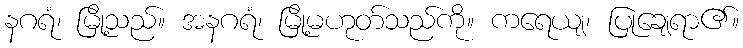
နဂရံ၊ မြို့သည်။ အနဂရံ၊ မြို့မဟုတ်သည်ကို။ ကရေယျ၊ ပြုချေရာ၏။